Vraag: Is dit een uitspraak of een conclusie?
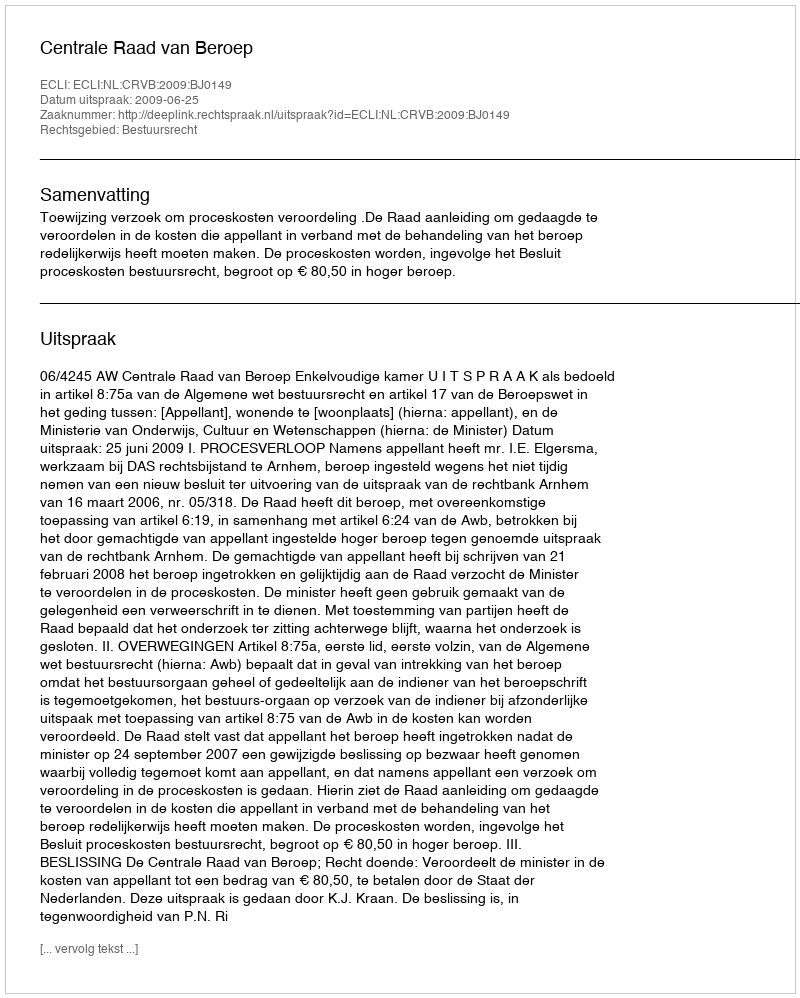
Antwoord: Uitspraak